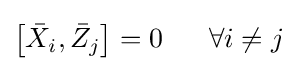
\left[{\bar {X}}_{i},{\bar {Z}}_{j}\right]=0\ \ \ \ \ \forall i\neq j